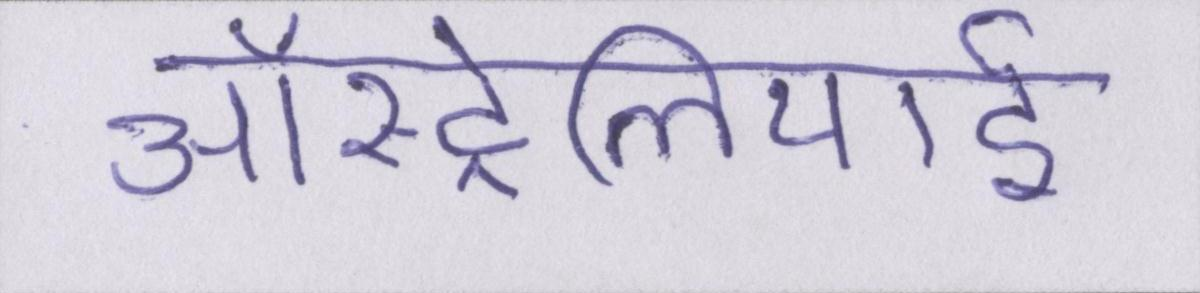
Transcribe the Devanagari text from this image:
ऑस्ट्रेलियाई